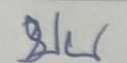
บน